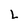
Character: L